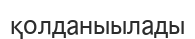
қолданыылады